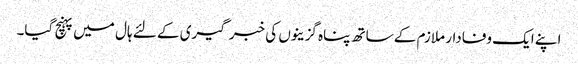
اپنے ایک وفادار ملازم کے ساتھ پناہ گزینوں کی خبر گیری کے لئے ہال میں پہنچ گیا۔